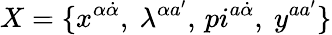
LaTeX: X=\{ x^{\alpha\dot{\alpha}},\ \lambda^{\alpha a^{\prime}},\, pi^{a\dot{\alpha}},\ y^{aa^{\prime}}\}